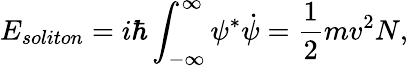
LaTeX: E_{soliton}=i\hbar\int_{-\infty}^{\infty}\psi^{*}\dot{\psi}=\frac{1}{2}mv^{2}N,